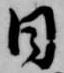
日